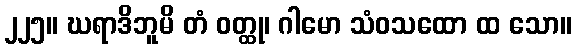
၂၂၅။ ဃရာဒိဘူမိ တံ ဝတ္ထု၊ ဂါမော သံဝသထော ထ သော။